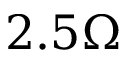
2 . 5 \Omega